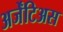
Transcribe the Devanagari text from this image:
अर्जेंटिअस